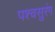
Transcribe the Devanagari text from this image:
पश्चसुरंग